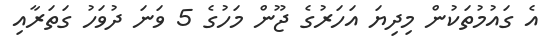
އެ ގައުމުތަކުން މިދިޔަ އަހަރުގެ ޖޫން މަހުގެ 5 ވަނަ ދުވަހު ގަތަރާއި